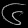
Digit: ၆